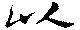
以